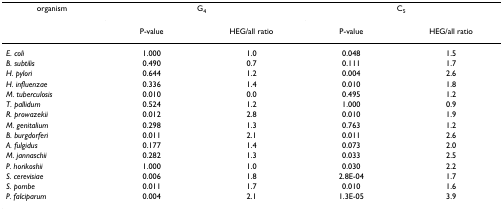
<table><thead><tr><td><b>organism</b></td><td colspan="2"><b>G<sub>4</sub></b></td><td colspan="2"><b>C<sub>5</sub></b></td></tr><tr><td></td><td><b>P-value</b></td><td><b>HEG/all ratio</b></td><td><b>P-value</b></td><td><b>HEG/all ratio</b></td></tr></thead><tbody><tr><td><i>E. coli</i></td><td>1.000</td><td>1.0</td><td>0.048</td><td>1.5</td></tr><tr><td><i>B. subtilis</i></td><td>0.490</td><td>0.7</td><td>0.111</td><td>1.7</td></tr><tr><td><i>H. pylori</i></td><td>0.644</td><td>1.2</td><td>0.004</td><td>2.6</td></tr><tr><td><i>H. influenzae</i></td><td>0.336</td><td>1.4</td><td>0.010</td><td>1.8</td></tr><tr><td><i>M. tuberculosis</i></td><td>0.010</td><td>0.0</td><td>0.495</td><td>1.2</td></tr><tr><td><i>T. pallidum</i></td><td>0.524</td><td>1.2</td><td>1.000</td><td>0.9</td></tr><tr><td><i>R. prowazekii</i></td><td>0.012</td><td>2.8</td><td>0.010</td><td>1.9</td></tr><tr><td><i>M. genitalium</i></td><td>0.298</td><td>1.3</td><td>0.763</td><td>1.2</td></tr><tr><td><i>B. burgdorferi</i></td><td>0.011</td><td>2.1</td><td>0.011</td><td>2.6</td></tr><tr><td><i>A. fulgidus</i></td><td>0.177</td><td>1.4</td><td>0.073</td><td>2.0</td></tr><tr><td><i>M. jannaschii</i></td><td>0.282</td><td>1.3</td><td>0.033</td><td>2.5</td></tr><tr><td><i>P. horikoshii</i></td><td>1.000</td><td>1.0</td><td>0.030</td><td>2.2</td></tr><tr><td><i>S. cerevisiae</i></td><td>0.006</td><td>1.8</td><td>2.8E-04</td><td>1.7</td></tr><tr><td><i>S. pombe</i></td><td>0.011</td><td>1.7</td><td>0.010</td><td>1.6</td></tr><tr><td><i>P. falciparum</i></td><td>0.004</td><td>2.1</td><td>1.3E-05</td><td>3.9</td></tr></tbody></table>